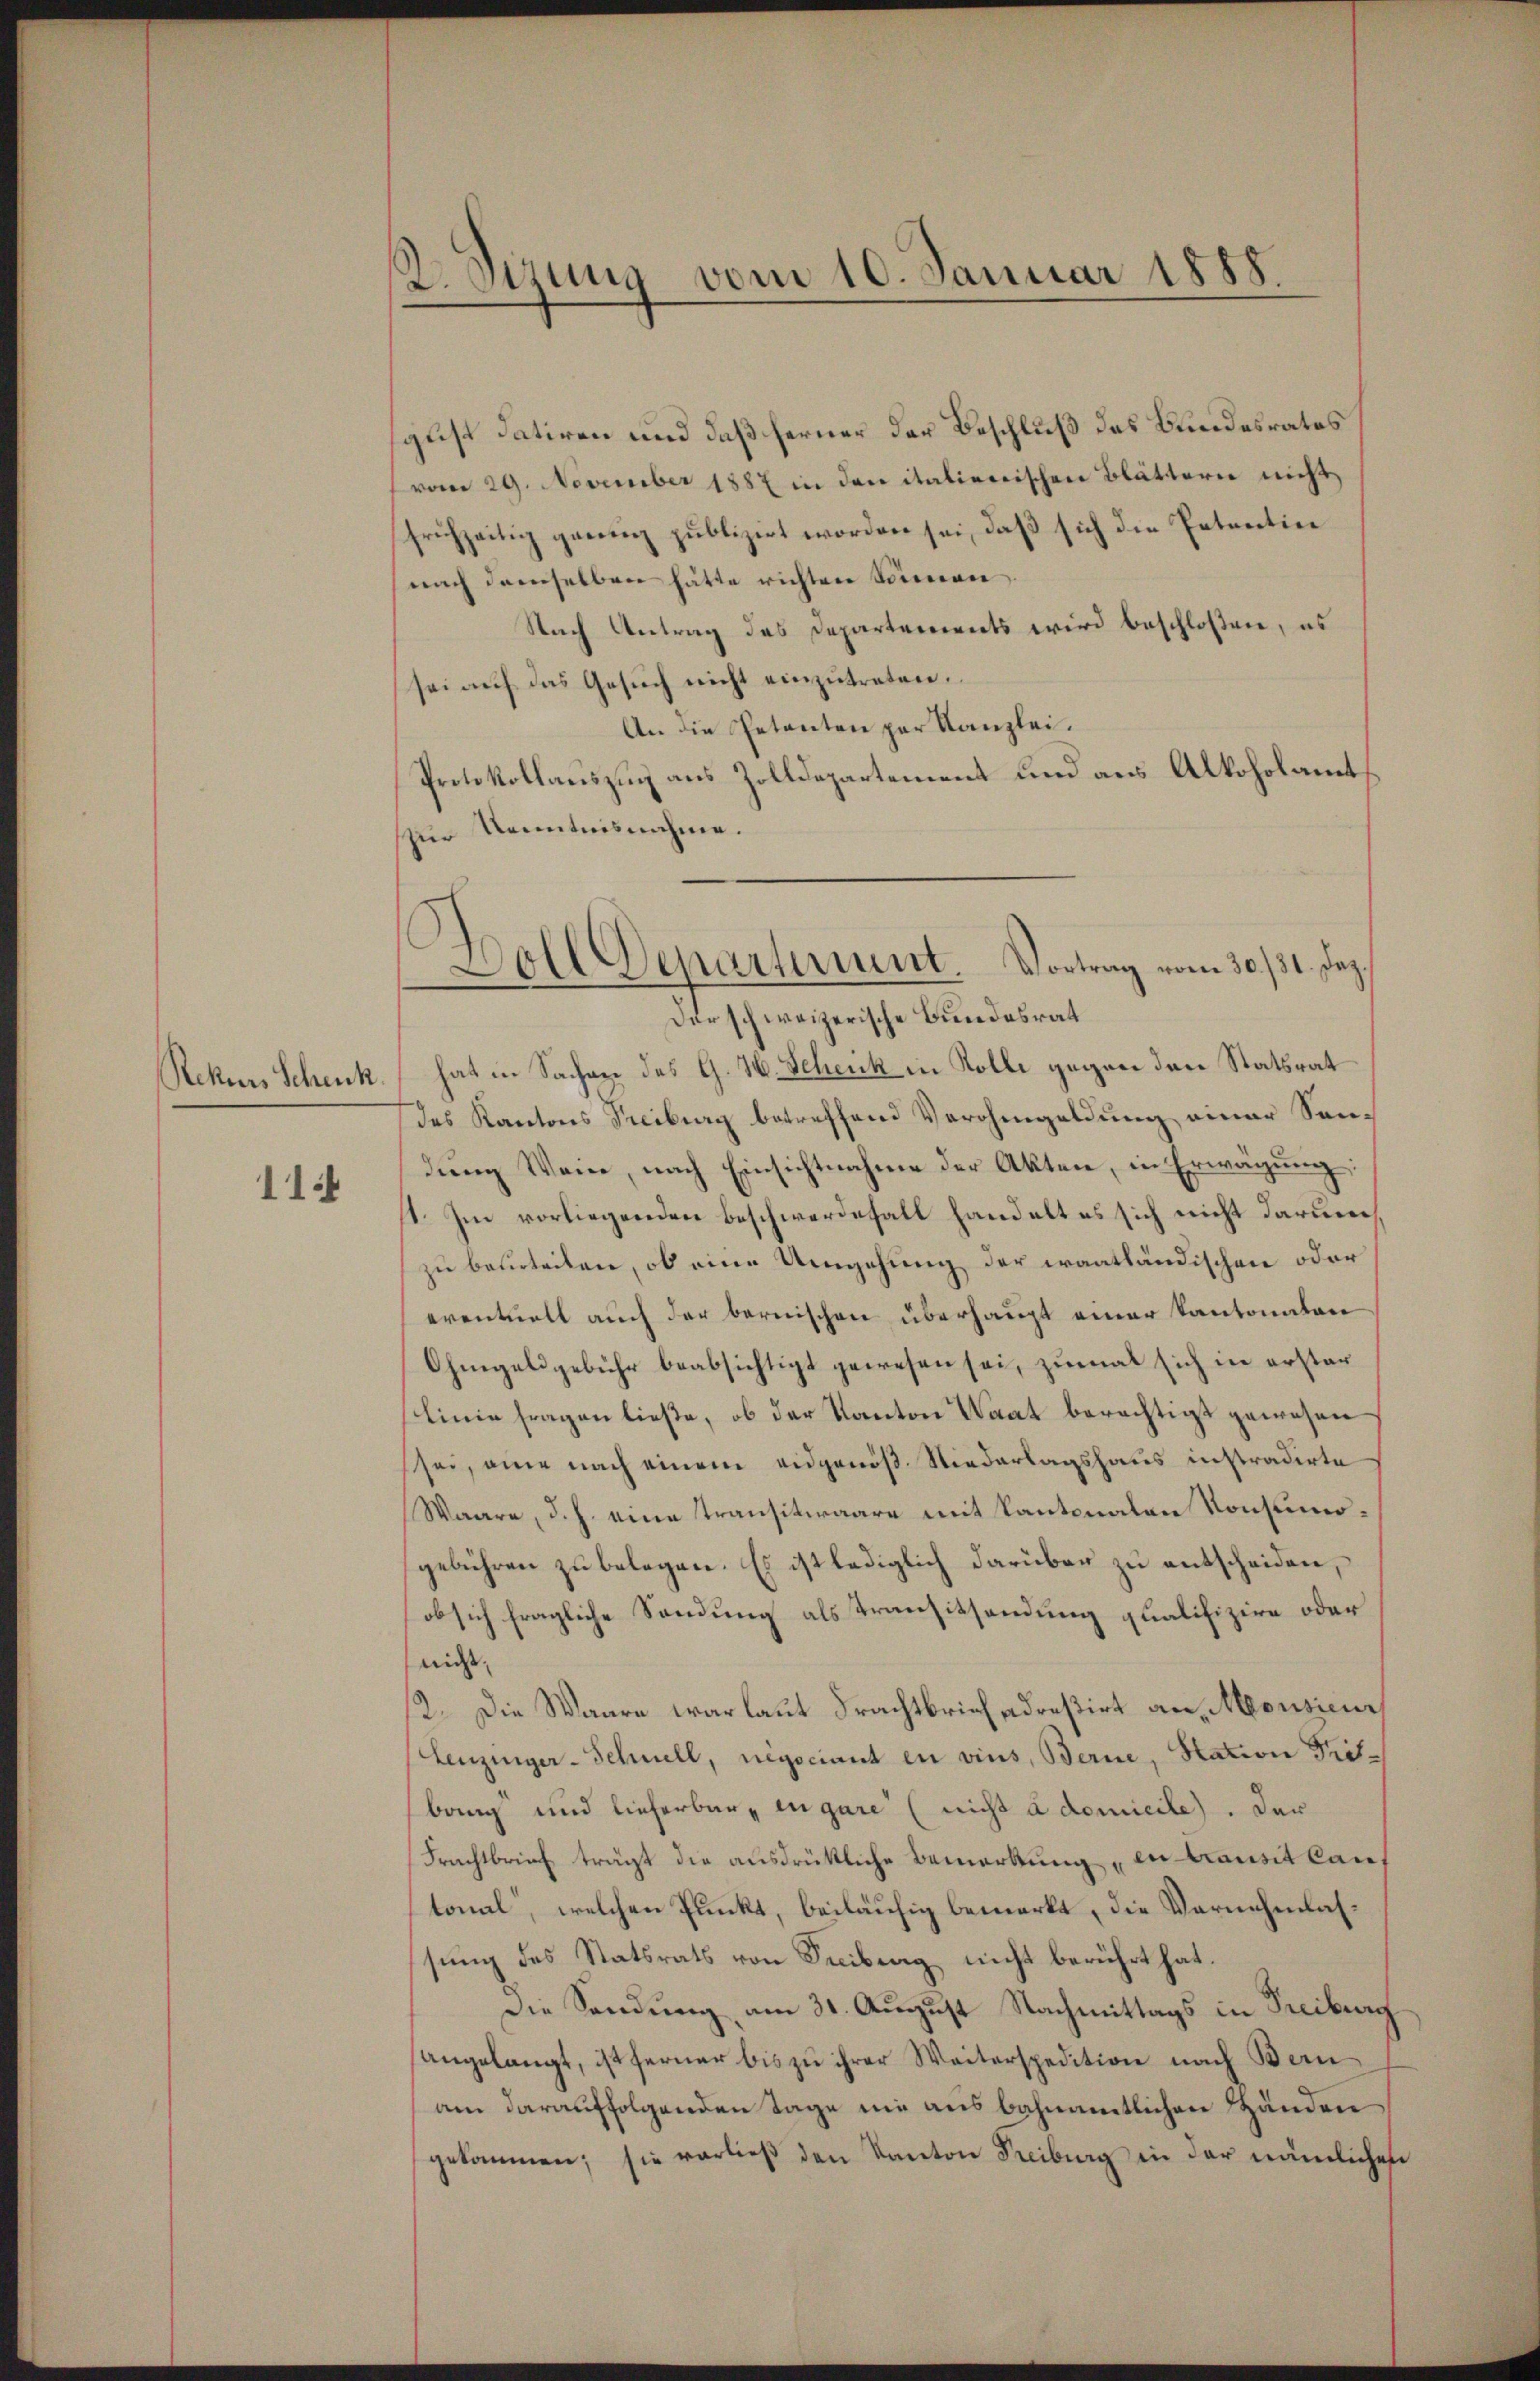
Rekurs Schenk.

11

2. Sirung vom 10. Januar 1888.

gust datiren und daß ferner der Beschluß des Bundesrates
vom 29. November 1887 in den italienischen Blättern nicht,
frühzeitig genug publizirt worden sei, daß sich die Petraction
nach demselben hätte richten Sonnen.
Nach Antrag des Departements wird beschloßen, es
sei auf das Gesuch nicht einzutreten.
An die Petenten per Kanzlei.
Protokollauszug aus Zolldepartement und aus Alkoholamt
zur Kenntnisnahme.
Der schweizerische Bundesrat
hat in Sachen des G. H. Scheick in Kolle gegen den Statsrat
des Kantons Treiburg betreffend Verohngeldung einer Sendung Wein, nach Einsichtnahme der Akten, in Erwägung
1. Im vorliegenden Beschwerdefall handelt es sich nicht darum
zu beurteilen, ob eine Umgehung der waatländischen oder
eventuell auch der bernischen überhaupt einer Kantonaten
Ohmgeldgebühr beabsichtigt gewesen sei, zumal sich in erster
linie fragen ließe, ob der Kanton Waat berechtigt gewesen
sei, eine nach einem eidgenöß Niederlagshaus instradirte
Waare, d. h. eine Transitwaare mit Kantonalen Konsumogebühren zu belegen. Es ist lediglich darüber zu entscheiden,
ob sich fragliche Sendung als Transitsendung qualifizire oder
nicht,
12. Die Waare war laut Frachtbrich adreßirt an, Mousieur
Leuzinger-Schnell, negociant en vins, Berne, Station Probang und lieferbar, in gare (nicht a domicile. Der
Frachtbrief trägt die ausdrükliche Bemerkung in mansit lantonal, welchen Punkt, beiläufig bemerkt, die Vornehmlassung des Statsrats von Freiberg nicht berührt hat.
Die Sendung am 31. August Nachmittags in Freiburg
angelangt, ist ferner bis zu ihrer Weiterspedition nach Bern
am darauffolgenden Tage nie ausbahnamtlichen Händen
gekommen; sie vorließ den Kanton Freiburg in der nämlichen

.
Doll Departement. Vortrag vom 30./31. Dez.